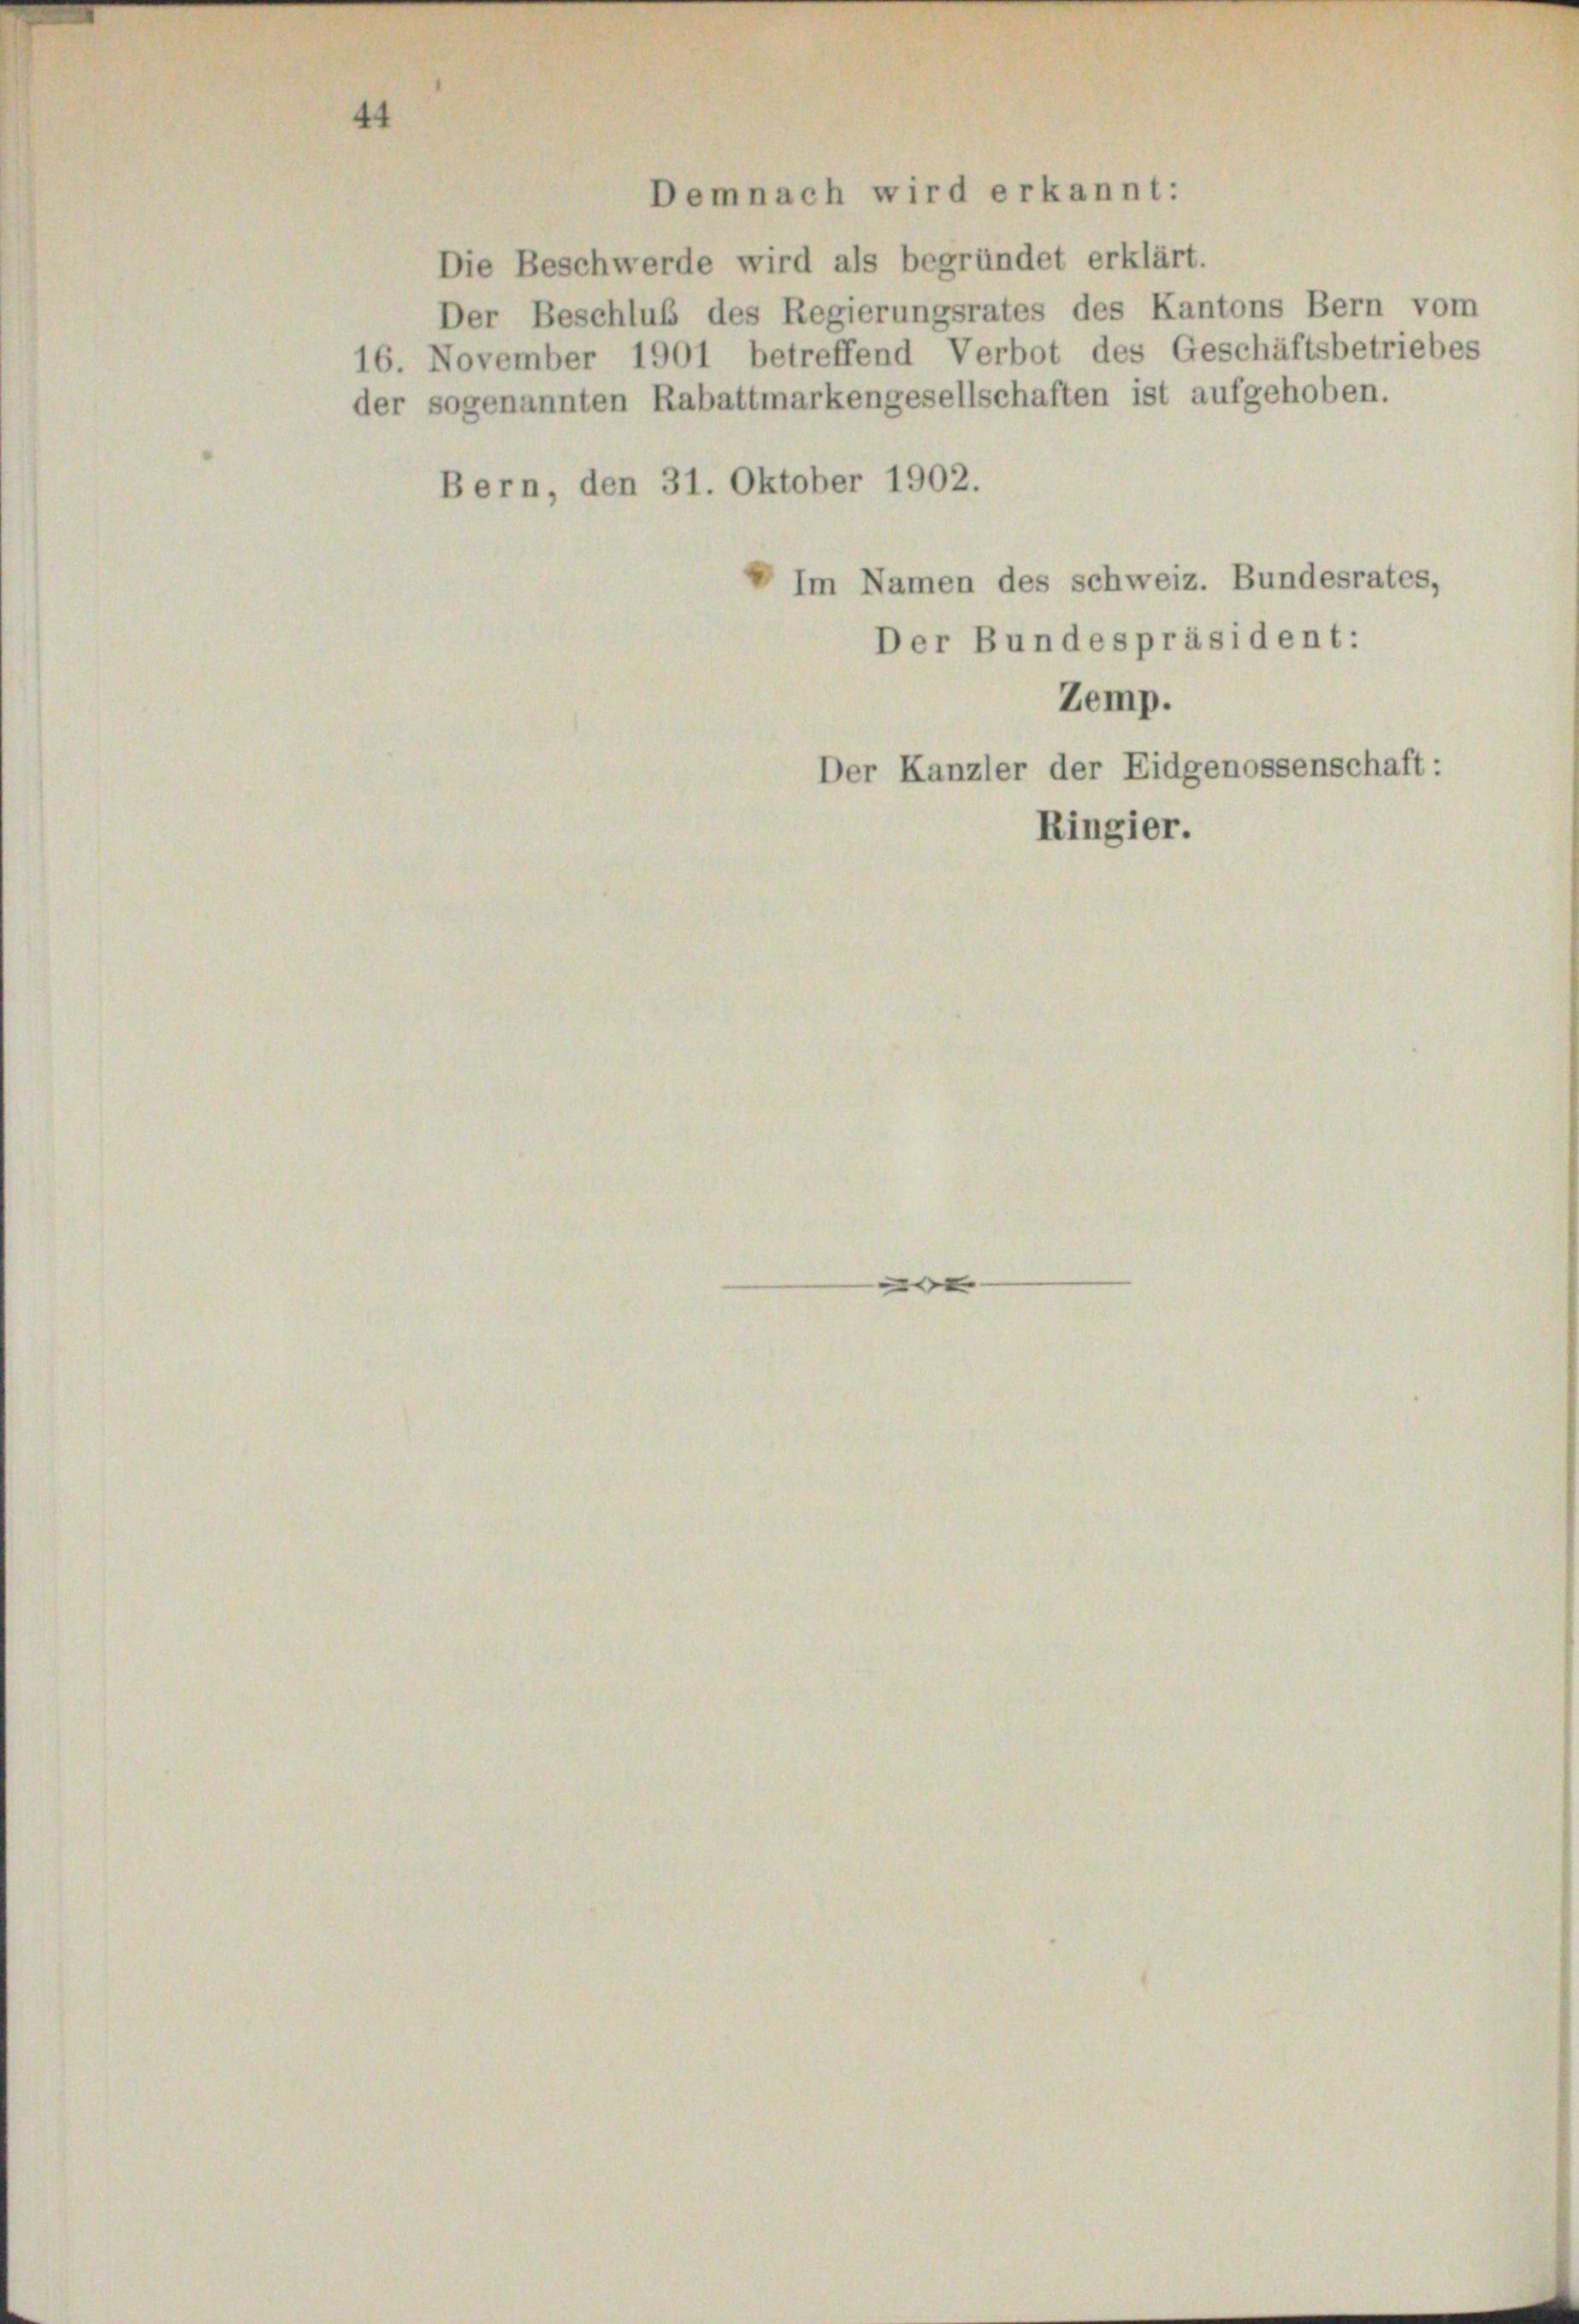
Demnach wird erkannt:

Die Beschwerde wird als begründet erklärt.

Bern, den 31. Oktober 1902.

d

Der Beschluß des Regierungsrates des Kantons Bern vom
16. November 1901 betreffend Verbot des Geschäftsbetriebes
der sogenannten Rabattmarkengesellschaften ist aufgehoben.
Im Namen des schweiz. Bundesrates,
Der Bundespräsident:
Zemp.
Der Kanzler der Eidgenossenschaft:
Ringier.